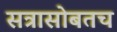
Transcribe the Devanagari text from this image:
सत्रासोबतच